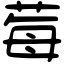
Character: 莓